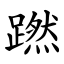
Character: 蹨